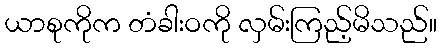
ယာစုကိုက တံခါးဝကို လှမ်းကြည့်မိသည်။